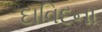
દાવિદના